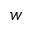
w